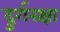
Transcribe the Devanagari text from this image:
दुर्गरक्षा